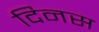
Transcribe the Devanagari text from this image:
दिनस